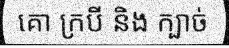
គោ ក្របី និង ក្បាច់